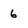
Character: 6